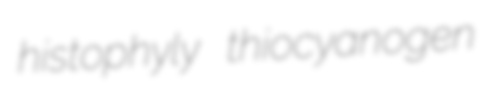
histophyly thiocyanogen